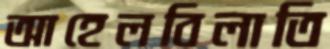
আহেলবিলাতি